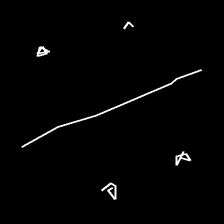
Glyph: cool